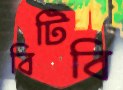
বিটিবি